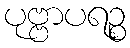
ပုဗ္ဗာပရဉ္စ